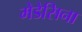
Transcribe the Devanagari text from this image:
मेडेसिना